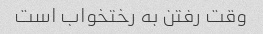
وقت رفتن به رختخواب است